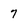
Character: 7